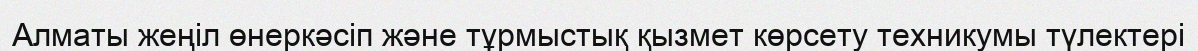
Алматы жеңіл өнеркәсіп және тұрмыстық қызмет көрсету техникумы түлектері